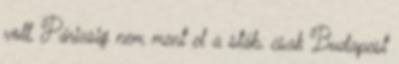
volt, Párizsig nem ment el a stáb, csak Budapest